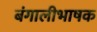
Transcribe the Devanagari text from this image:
बंगालीभाषक